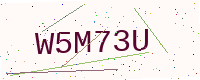
Text: W5M73U